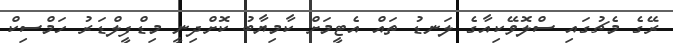
ރޭގެ މެޗުގައި ސްލޮވޭކިއާގެ ލަނޑު ތައް އެޓީމަށް ކާމިޔާބު ކޮށްދިނީ މިޑްފީލްޑަރު ހަމްސިކް